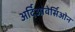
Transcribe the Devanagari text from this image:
अर्दिओवेर्सिओन